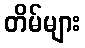
တိမ်များ